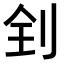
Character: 𠛮